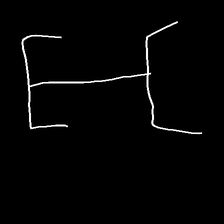
Glyph: entwine